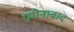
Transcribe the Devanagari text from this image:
प्रयोनावाद